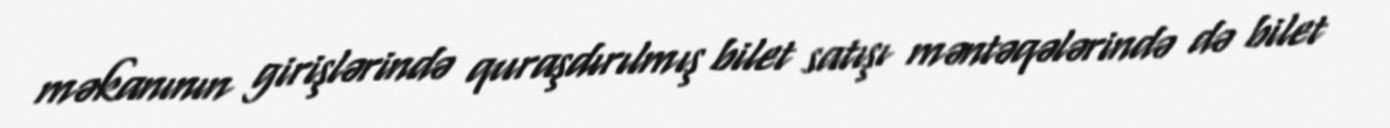
məkanının girişlərində quraşdırılmış bilet satışı məntəqələrində də bilet